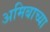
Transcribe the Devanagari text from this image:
अमिबाच्या